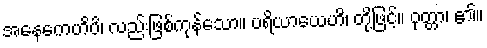
အနေကေဟိပိ၊ လည်းဖြစ်ကုန်သော။ ပရိယာယေဟိ၊ တို့ဖြင့်။ ဝုတ္တာ၊ ၏။